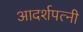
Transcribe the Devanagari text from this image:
आदर्शपत्नी